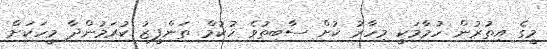
މީގެ އިތުރުން ހުމާމަކީ މިހާރު ކުށް ސާބިތުވެ ހުކުމް ތަންފީޒު ކުރަމުންދާ މީހަކަށް